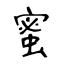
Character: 蜜